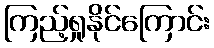
ကြည့်ရှုနိုင်ကြောင်း